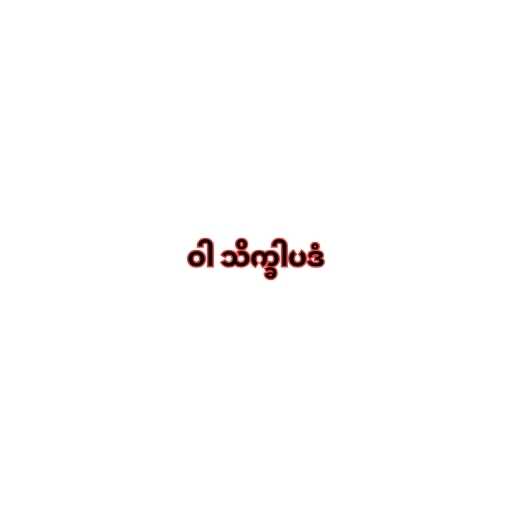
ဝါ သိက္ခါပဒံ